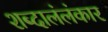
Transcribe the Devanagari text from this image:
शब्दालंलंकार